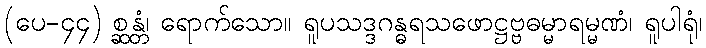
(ပေ-၄၄) စ္ဆန္တံ၊ ရောက်သော။ ရူပသဒ္ဒဂန္ဓရသဖောဋ္ဌဗ္ဗဓမ္မာရမ္မဏံ၊ ရူပါရုံ၊